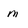
Character: m